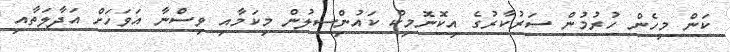
ކަން މިހެން ހުރުމުން ސަރުކާރުގެ އިކޮނޮމިކް ކައުންިސލުން މިކަމާއި ވިސްނާ އަވަހަށް އަދާލަތާއި